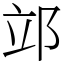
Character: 𨚪